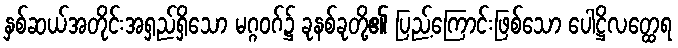
နှစ်ဆယ်အတိုင်းအရှည်ရှိသော မဂ္ဂဝဂ်၌ ခုနစ်ခုတို့၏ ပြည့်ကြောင်းဖြစ်သော ပေါဋ္ဌိလတ္ထေရ